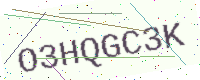
Text: O3HQGC3K